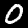
Digit: 0